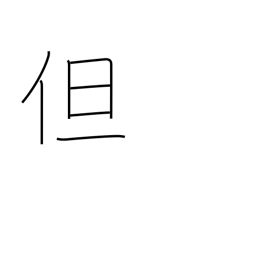
Meaning: but